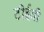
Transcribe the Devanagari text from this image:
टीईवी